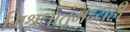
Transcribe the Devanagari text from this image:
मिश्रधातूंमध्येही